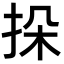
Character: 挆